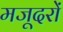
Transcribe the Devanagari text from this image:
मजूदरों